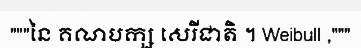
"""នៃ គណបក្ស សេរីជាតិ ។ Weibull ,"""